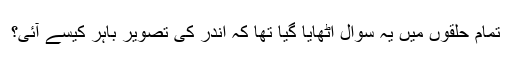
تمام حلقوں میں یہ سوال اٹھایا گیا تھا کہ اندر کی تصویر باہر کیسے آئی؟